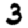
Digit: 3